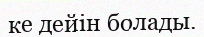
ке дейін болады.